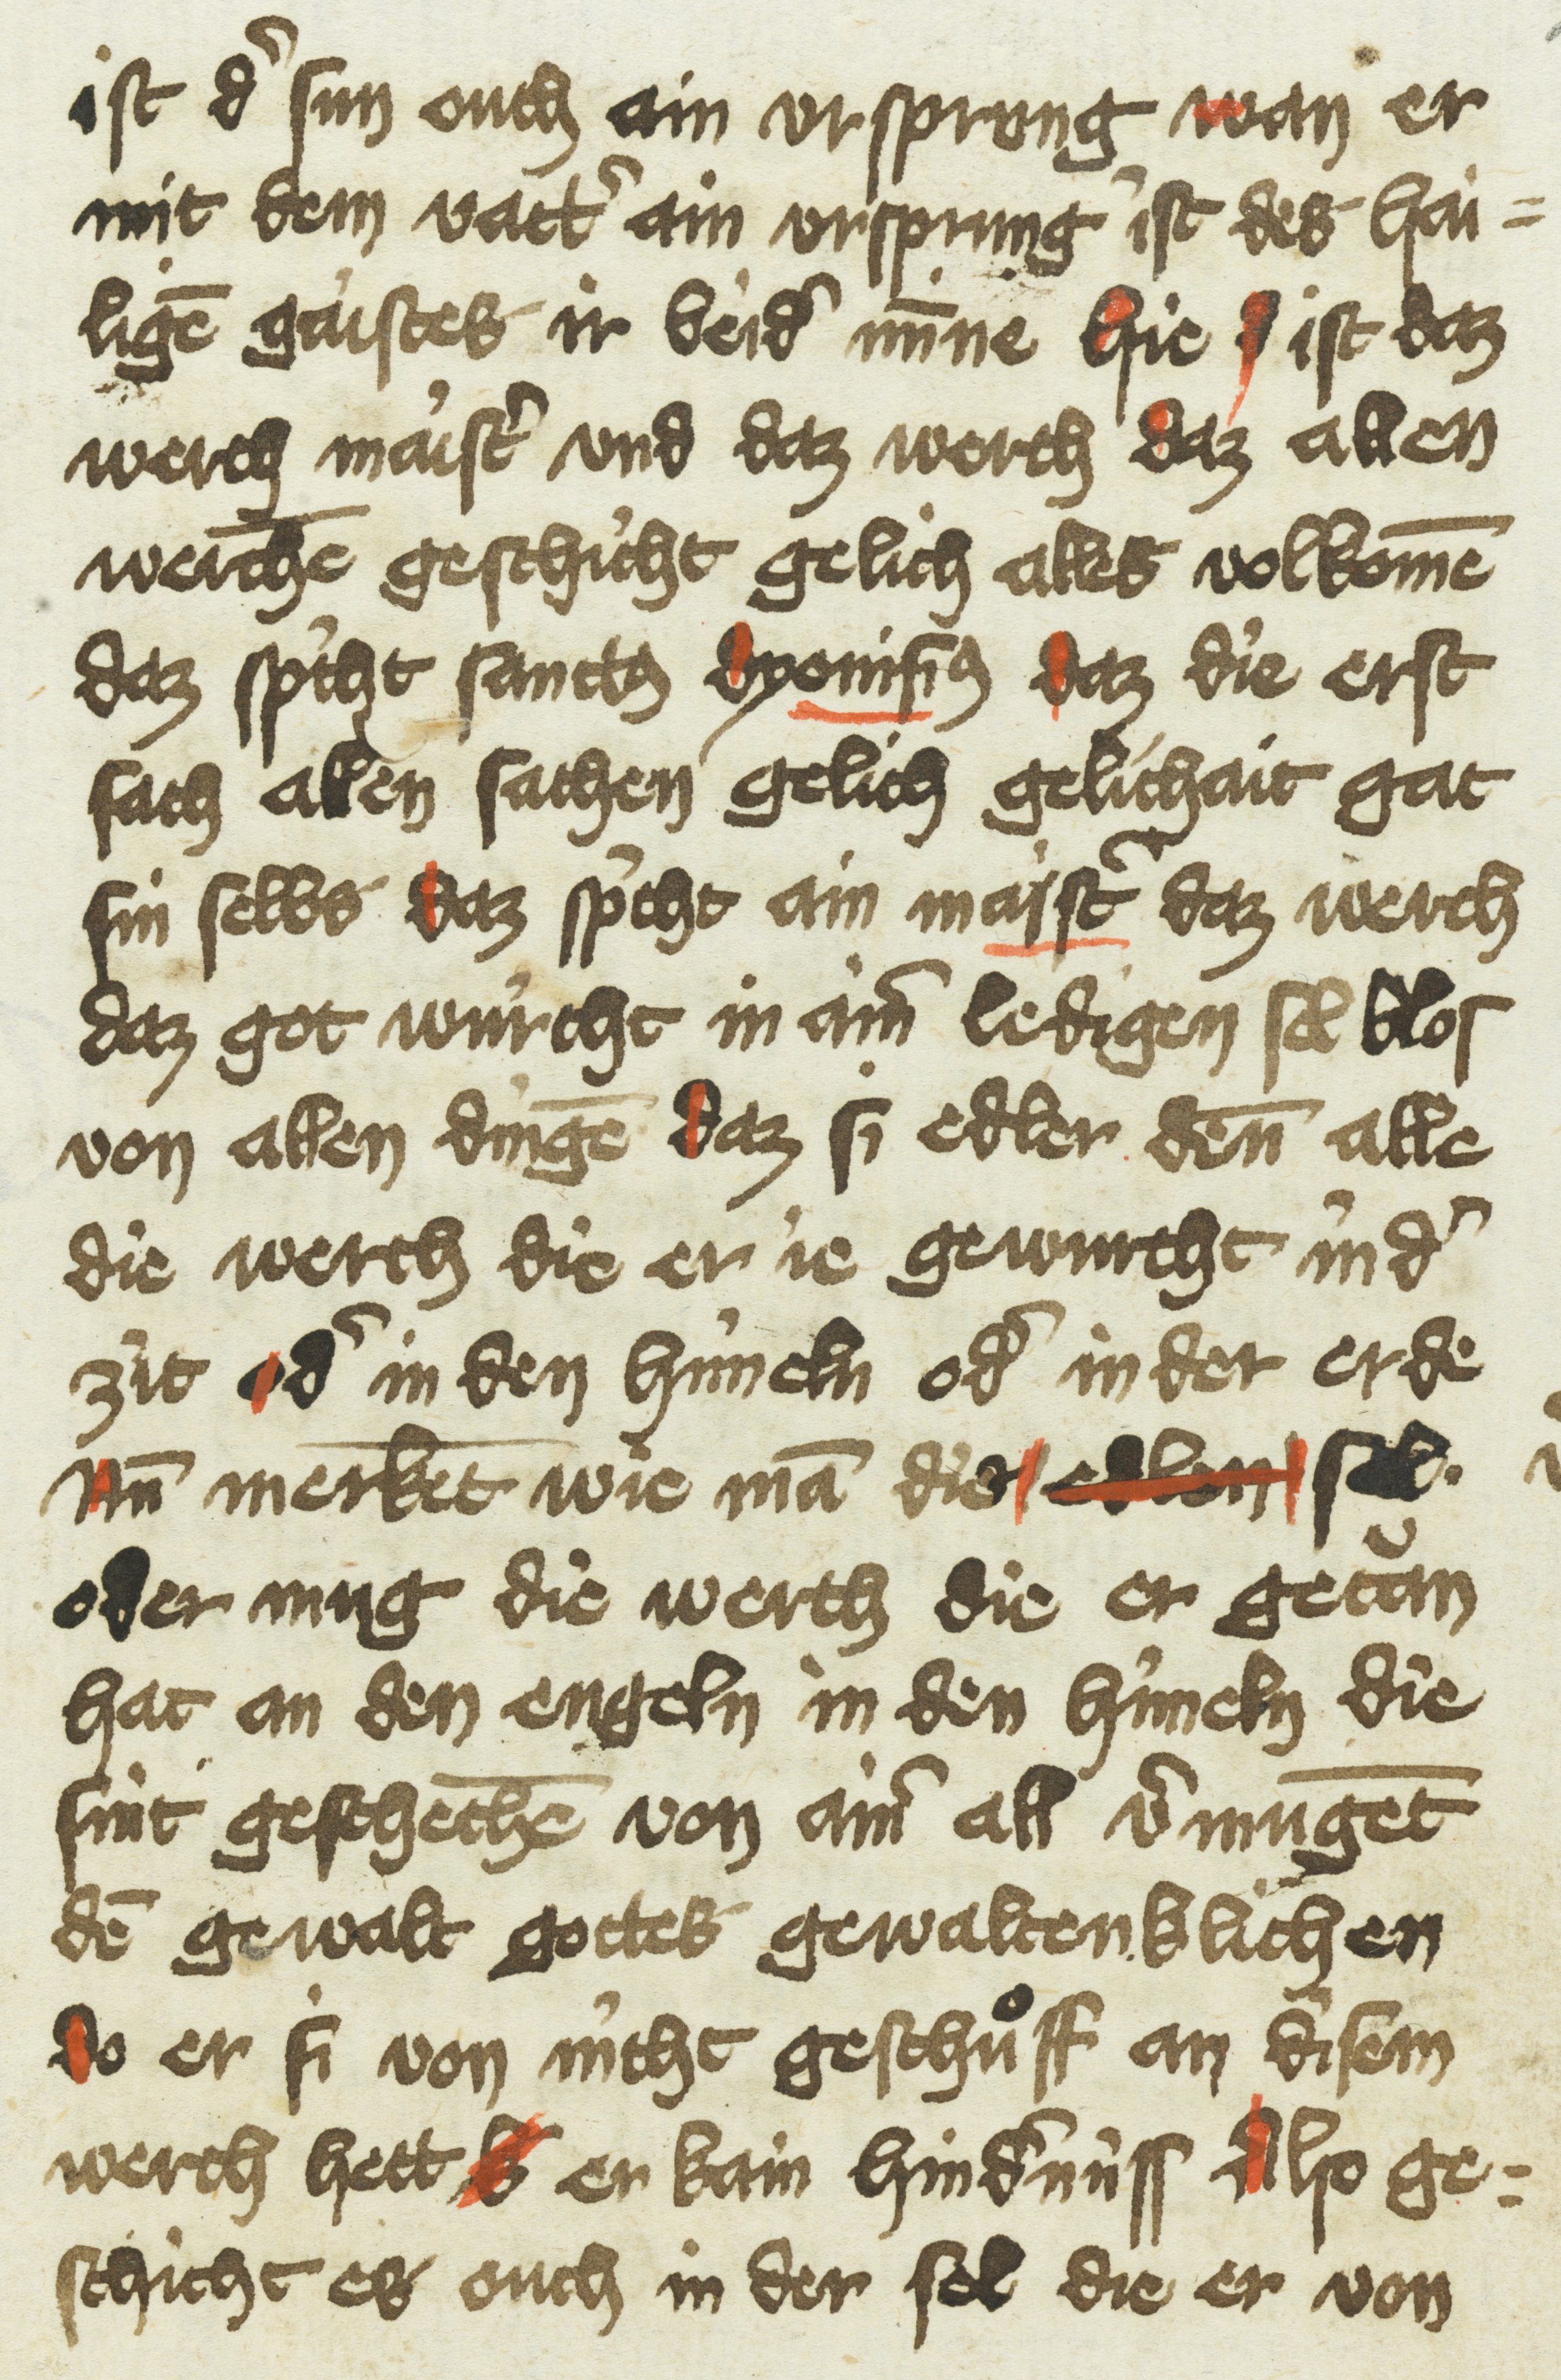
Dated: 1433–1499